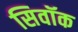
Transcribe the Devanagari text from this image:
सिवॉक